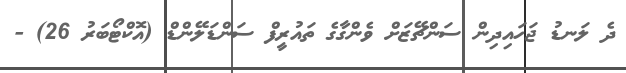
ދެ ލަނޑު ޖަހައިދިން ސަންޗޭޒަށް ވެންގާގެ ތައުރީފް ސަންޑަލޭންޑް (އޮކްޓޯބަރު 26) -